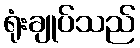
ရုံးချုပ်သည်